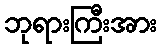
ဘုရားကြီးအား